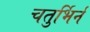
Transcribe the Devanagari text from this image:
चतुर्भिर्न